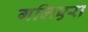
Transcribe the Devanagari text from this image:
गलिएरा